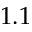
1 . 1